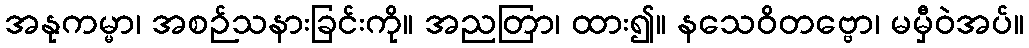
အနုကမ္မာ၊ အစဉ်သနားခြင်းကို။ အညတြာ၊ ထား၍။ နသေဝိတဗ္ဗော၊ မမှီဝဲအပ်။